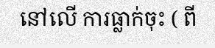
នៅលើ ការធ្លាក់ចុះ ( ពី